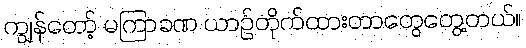
ကျွန်တော့် မကြာခဏ ယာဉ်တိုက်ထားတာတွေတွေ့တယ်။